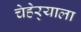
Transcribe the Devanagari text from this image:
चेहेर्‍याला